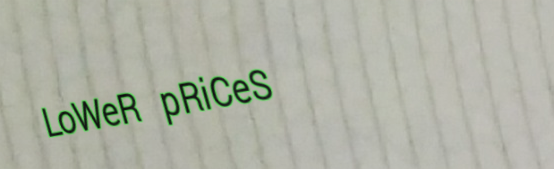
LoWeR pRiCeS